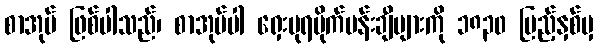
စာအုပ် ဖြစ်ပါသည်၊ စာအုပ်ပါ ရှေးပုရပိုက်ပန်းချီများကို ၁၈၃၀ ပြည့်နှစ်မှ